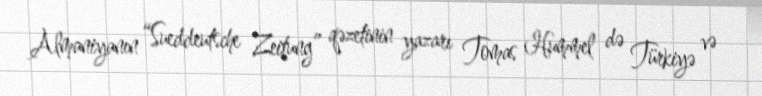
Almaniyanın “Sueddeutsche Zeitung” qəzetinin yazarı Tomas Hummel də Türkiyə və